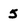
Character: 5